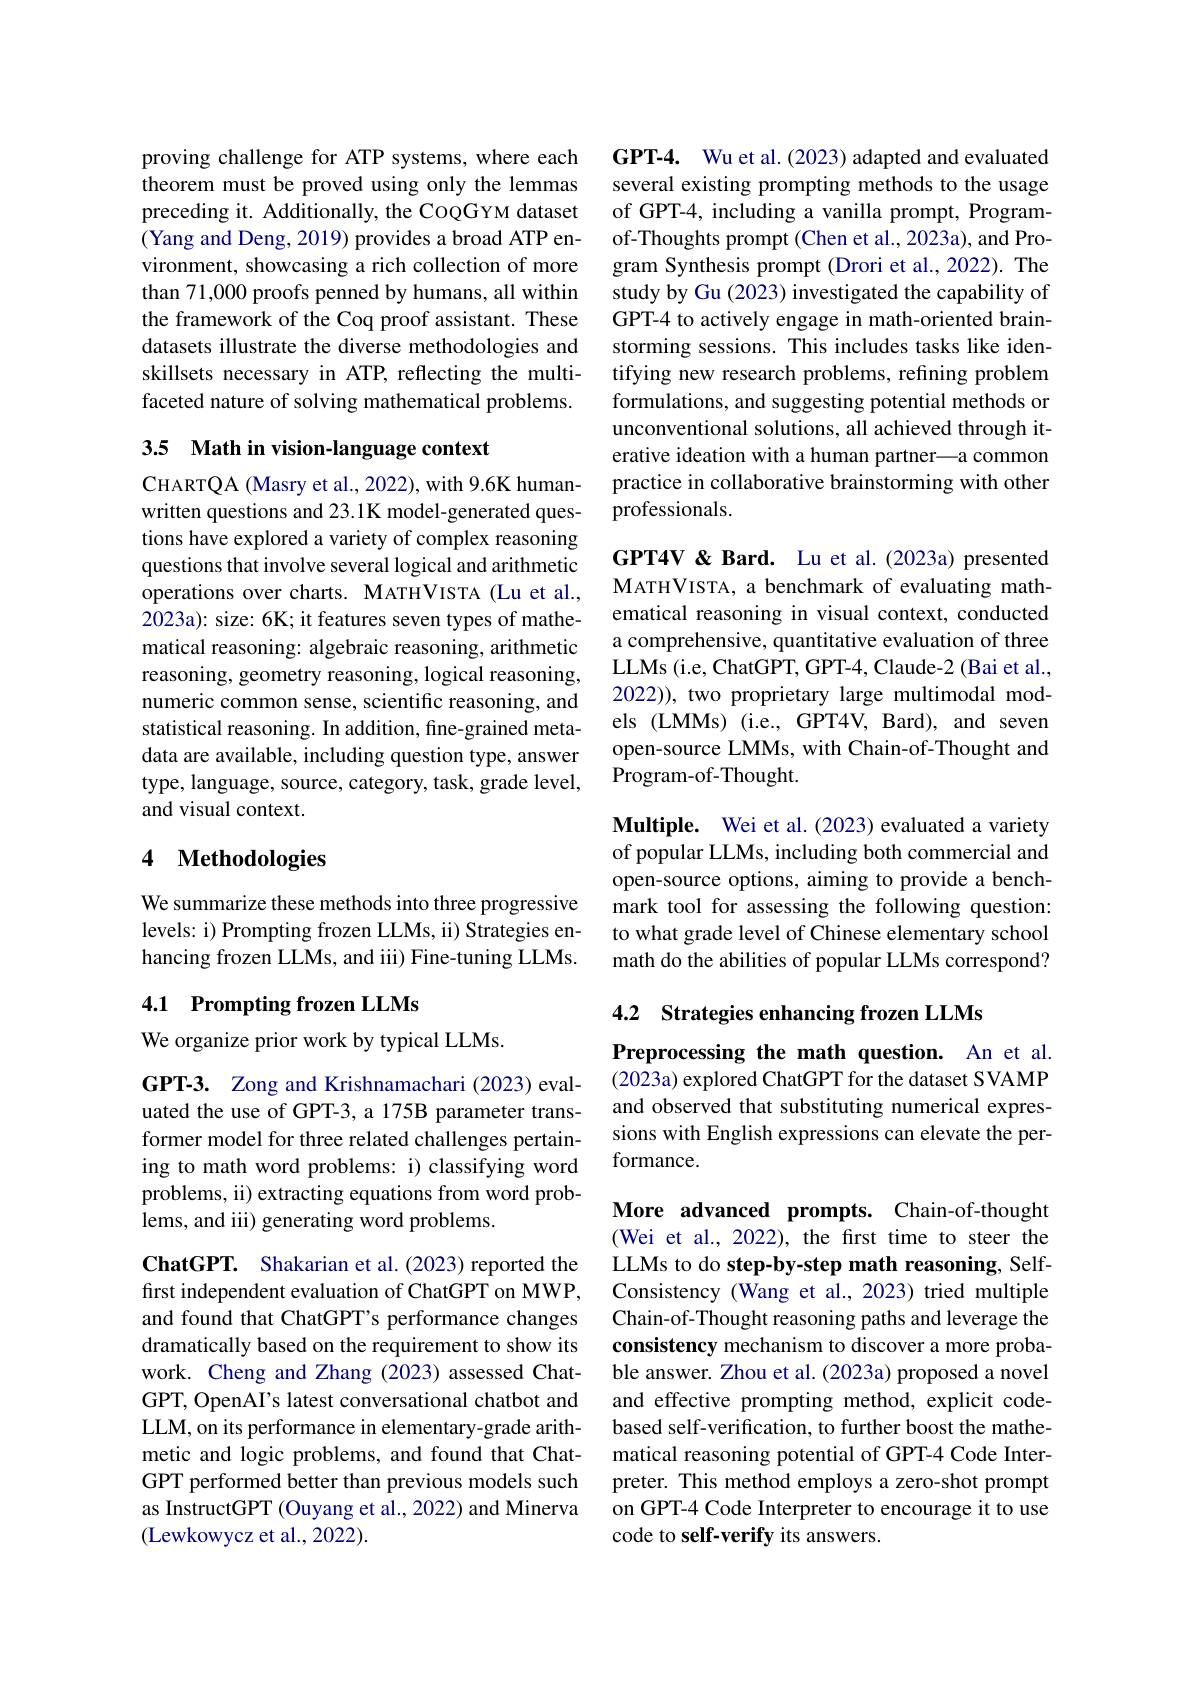
proving challenge for ATP systems, where each theorem must be proved using only the lemmas preceding it. Additionally, the CoQGYM dataset (Yang and Deng, 2019) provides a broad ATP environment, showcasing a rich collection of more than 71,000 proofs penned by humans, all within the framework of the Coq proof assistant. These datasets illustrate the diverse methodologies and skillsets necessary in ATP, reflecting the multifaceted nature of solving mathematical problems.

3.5 Math in vision-language context

CHARTQA ( Masry et al. , 2022) , with 9. 6K human- written questions and 23.1K model-generated questions have explored a variety of complex reasoning questions that involve several logical and arithmetic operations over charts. MATHVISTA (Lu et al., 2023a): size: 6K; it features seven types of mathematical reasoning: algebraic reasoning, arithmetic reasoning, geometry reasoning, logical reasoning, numeric common sense, scientific reasoning, and statistical reasoning. In addition, fine-grained metadata are available, including question type, answer type, language, source, category, task, grade level, and visual context.

## 4 Methodologies

We summarize these methods into three progressive levels: i) Prompting frozen LLMs, ii) Strategies enhancing frozen LLMs, and iii) Fine-tuning LLMs.

# 4.1 Prompting frozen LLMs

We organize prior work by typical LLMs.

GPT-3. Zong and Krishnamachari (2023) evaluated the use of GPT-3, a 175B parameter transformer model for three related challenges pertaining to math word problems: i) classifying word problems, ii) extracting equations from word problems, and iii) generating word problems.

ChatGPT. Shakarian et al.(2023) reported the first independent evaluation of ChatGPT on MWP, and found that ChatGPT's performance changes dramatically based on the requirement to show its work. Cheng and Zhang (2023) assessed ChatGPT, OpenAI's latest conversational chatbot and LLM, on its performance in elementary-grade arithmetic and logic problems, and found that ChatGPT performed better than previous models such as InstructGPT (Ouyang et al., 2022) and Minerva (Lewkowycz et al., 2022).

GPT-4. Wu et al.(2023) adapted and evaluated several existing prompting methods to the usage of GPT-4, including a vanilla prompt, Programof-Thoughts prompt (Chen et al.,2023a), and Program Synthesis prompt (Drori et al., 2022). The study by Gu (2023) investigated the capability of GPT-4 to actively engage in math-oriented brainstorming sessions. This includes tasks like identifying new research problems, refining problem formulations, and suggesting potential methods or unconventional solutions, all achieved through iterative ideation with a human partner—a common practice in collaborative brainstorming with other professionals.

GPT4V & Bard. Lu et al.(2023a) presented $\mathbf{M}$ATHVISTA, a benchmark of evaluating mathematical reasoning in visual context, conducted a comprehensive, quantitative evaluation of three LLMs (i.e, ChatGPT, GPT-4, Claude-2 (Bai et al., 2022)), two proprietary large multimodal models (LMMs) (i.e., GPT4V, Bard), and seven open-source LMMs, with Chain-of-Thought and Program-of-Thought.

Multiple. Wei et al.(2023) evaluated a variety of popular LLMs, including both commercial and open-source options, aiming to provide a benchmark tool for assessing the following question: to what grade level of Chinese elementary school math do the abilities of popular LLMs correspond?

4.2 Strategies enhancing frozen LLMs

Preprocessing the math question. An et al.

(2023a) explored ChatGPT for the dataset SVAMP and observed that substituting numerical expressions with English expressions can elevate the performance.

More advanced prompts. Chain-of-thought (Wei et al., 2022), the frst time to steer the LLMs to do step-by-step math reasoning, SelfConsistency (Wang et al., 2023) tried multiple Chain-of-Thought reasoning paths and leverage the consistency mechanism to discover a more probable answer. Zhou et al.(2023a) proposed a novel and effective prompting method, explicit codebased self-verification, to further boost the mathematical reasoning potential of GPT-4 Code Interpreter. This method employs a zero-shot prompt on GPT-4 Code Interpreter to encourage it to use code to self-verify its answers.